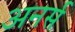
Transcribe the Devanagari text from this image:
अनर्स